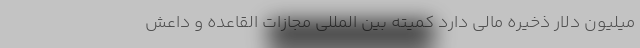
میلیون دلار ذخیره مالی دارد کمیته بین المللی مجازات القاعده و داعش